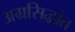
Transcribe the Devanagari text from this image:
अग्रसिद्धांत